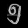
Digit: ၅